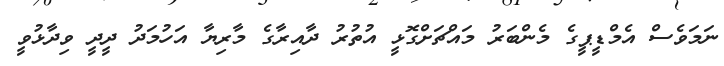
ނަމަވެސް އެމްޑީޕީގެ މެންބަރު މައްޗަށްގޮޅީ އުތުރު ދާއިރާގެ މާރިޔާ އަހުމަދު ދީދީ ވިދާޅުވީ